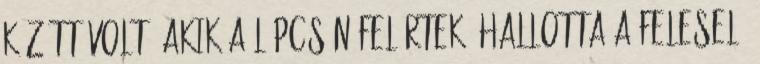
között volt, akik a lépcsőn felértek. Hallotta a feleselő